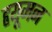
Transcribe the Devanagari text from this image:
हृयूमन